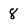
Character: 8